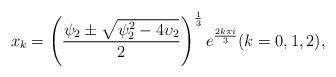
LaTeX: \begin{align*}x_{k}=\left( \frac{\psi _{2}\pm \sqrt{\psi _{2}^{2}-4\upsilon _{2}}}{2}\right) ^{\frac{1}{3}}e^{\frac{2k\pi i}{3}}(k=0,1,2), \end{align*}